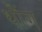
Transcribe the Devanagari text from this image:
थौंग